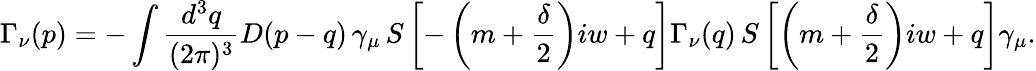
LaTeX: \Gamma_{\nu}(p)=-\int\frac{d^{3}q}{(2\pi)^{3}}D(p-q)\, \gamma_{\mu}\, S\left[-\left(m+\frac{\delta}{2}\right)iw+q\right]\Gamma_{\nu}(q)\, S\left[\left(m+\frac{\delta}{2}\right)iw+q\right]\gamma_{\mu}.